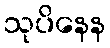
သုပိနေန